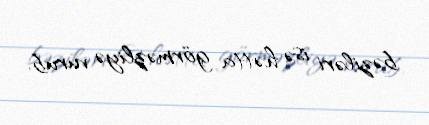
bəziləri isə hətta görməzliyə vurub.